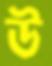
উ